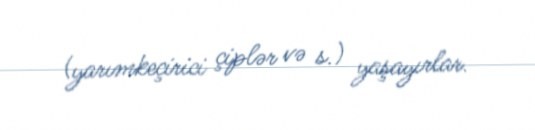
(yarımkeçirici çiplər və s.) yaşayırlar.